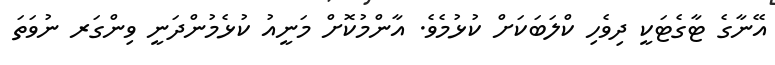
އޭނާގެ ޓާގެޓަކީ ދިވެހި ކްލަބަކަށް ކުޅުމެވެ. އާންމުކޮށް މަނީއު ކުޅެމުންދަނީ ވިންގަރ ނުވަތަ